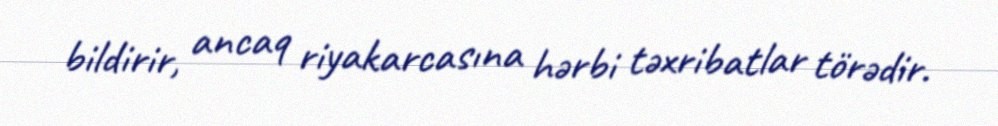
bildirir, ancaq riyakarcasına hərbi təxribatlar törədir.